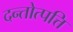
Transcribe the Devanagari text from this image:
दन्तोत्पत्ति